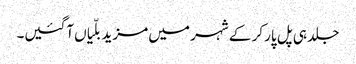
جلد ہی پل پار کر کے شہر میں مزید بلّیاں آگئیں۔